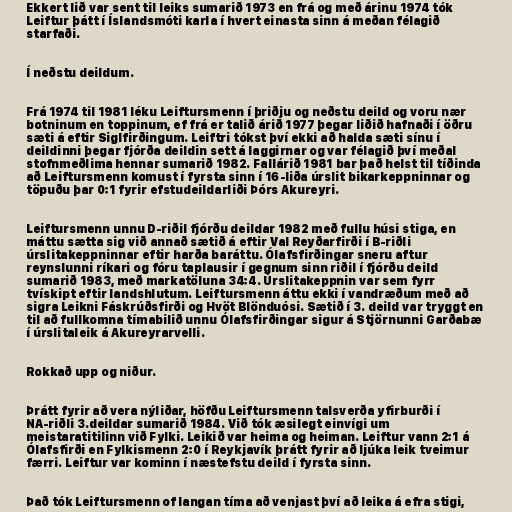
Ekkert lið var sent til leiks sumarið 1973 en frá og með árinu 1974 tók
Leiftur þátt í Íslandsmóti karla í hvert einasta sinn á meðan félagið
starfaði.

Í neðstu deildum.

Frá 1974 til 1981 léku Leiftursmenn í þriðju og neðstu deild og voru nær
botninum en toppinum, ef frá er talið árið 1977 þegar liðið hafnaði í öðru
sæti á eftir Siglfirðingum. Leiftri tókst því ekki að halda sæti sínu í
deildinni þegar fjórða deildin sett á laggirnar og var félagið því meðal
stofnmeðlima hennar sumarið 1982. Fallárið 1981 bar það helst til tíðinda
að Leiftursmenn komust í fyrsta sinn í 16-liða úrslit bikarkeppninnar og
töpuðu þar 0:1 fyrir efstudeildarliði Þórs Akureyri.

Leiftursmenn unnu D-riðil fjórðu deildar 1982 með fullu húsi stiga, en
máttu sætta sig við annað sætið á eftir Val Reyðarfirði í B-riðli
úrslitakeppninnar eftir harða baráttu. Ólafsfirðingar sneru aftur
reynslunni ríkari og fóru taplausir í gegnum sinn riðil í fjórðu deild
sumarið 1983, með markatöluna 34:4. Úrslitakeppnin var sem fyrr
tvískipt eftir landshlutum. Leiftursmenn áttu ekki í vandræðum með að
sigra Leikni Fáskrúðsfirði og Hvöt Blönduósi. Sætið í 3. deild var tryggt en
til að fullkomna tímabilið unnu Ólafsfirðingar sigur á Stjörnunni Garðabæ
í úrslitaleik á Akureyrarvelli.

Rokkað upp og niður.

Þrátt fyrir að vera nýliðar, höfðu Leiftursmenn talsverða yfirburði í
NA-riðli 3.deildar sumarið 1984. Við tók æsilegt einvígi um
meistaratitilinn við Fylki. Leikið var heima og heiman. Leiftur vann 2:1 á
Ólafsfirði en Fylkismenn 2:0 í Reykjavík þrátt fyrir að ljúka leik tveimur
færri. Leiftur var kominn í næstefstu deild í fyrsta sinn.

Það tók Leiftursmenn of langan tíma að venjast því að leika á efra stigi,